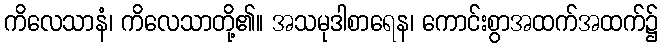
ကိလေသာနံ၊ ကိလေသာတို့၏။ အသမုဒါစာရေန၊ ကောင်းစွာအထက်အထက်၌